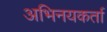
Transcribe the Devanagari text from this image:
अभिनयकर्ता